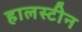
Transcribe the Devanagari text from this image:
हालस्टीन